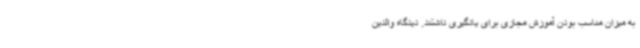
به میزان مناسب بودن آموزش مجازی برای یادگیری داشتند. دیدگاه والدین